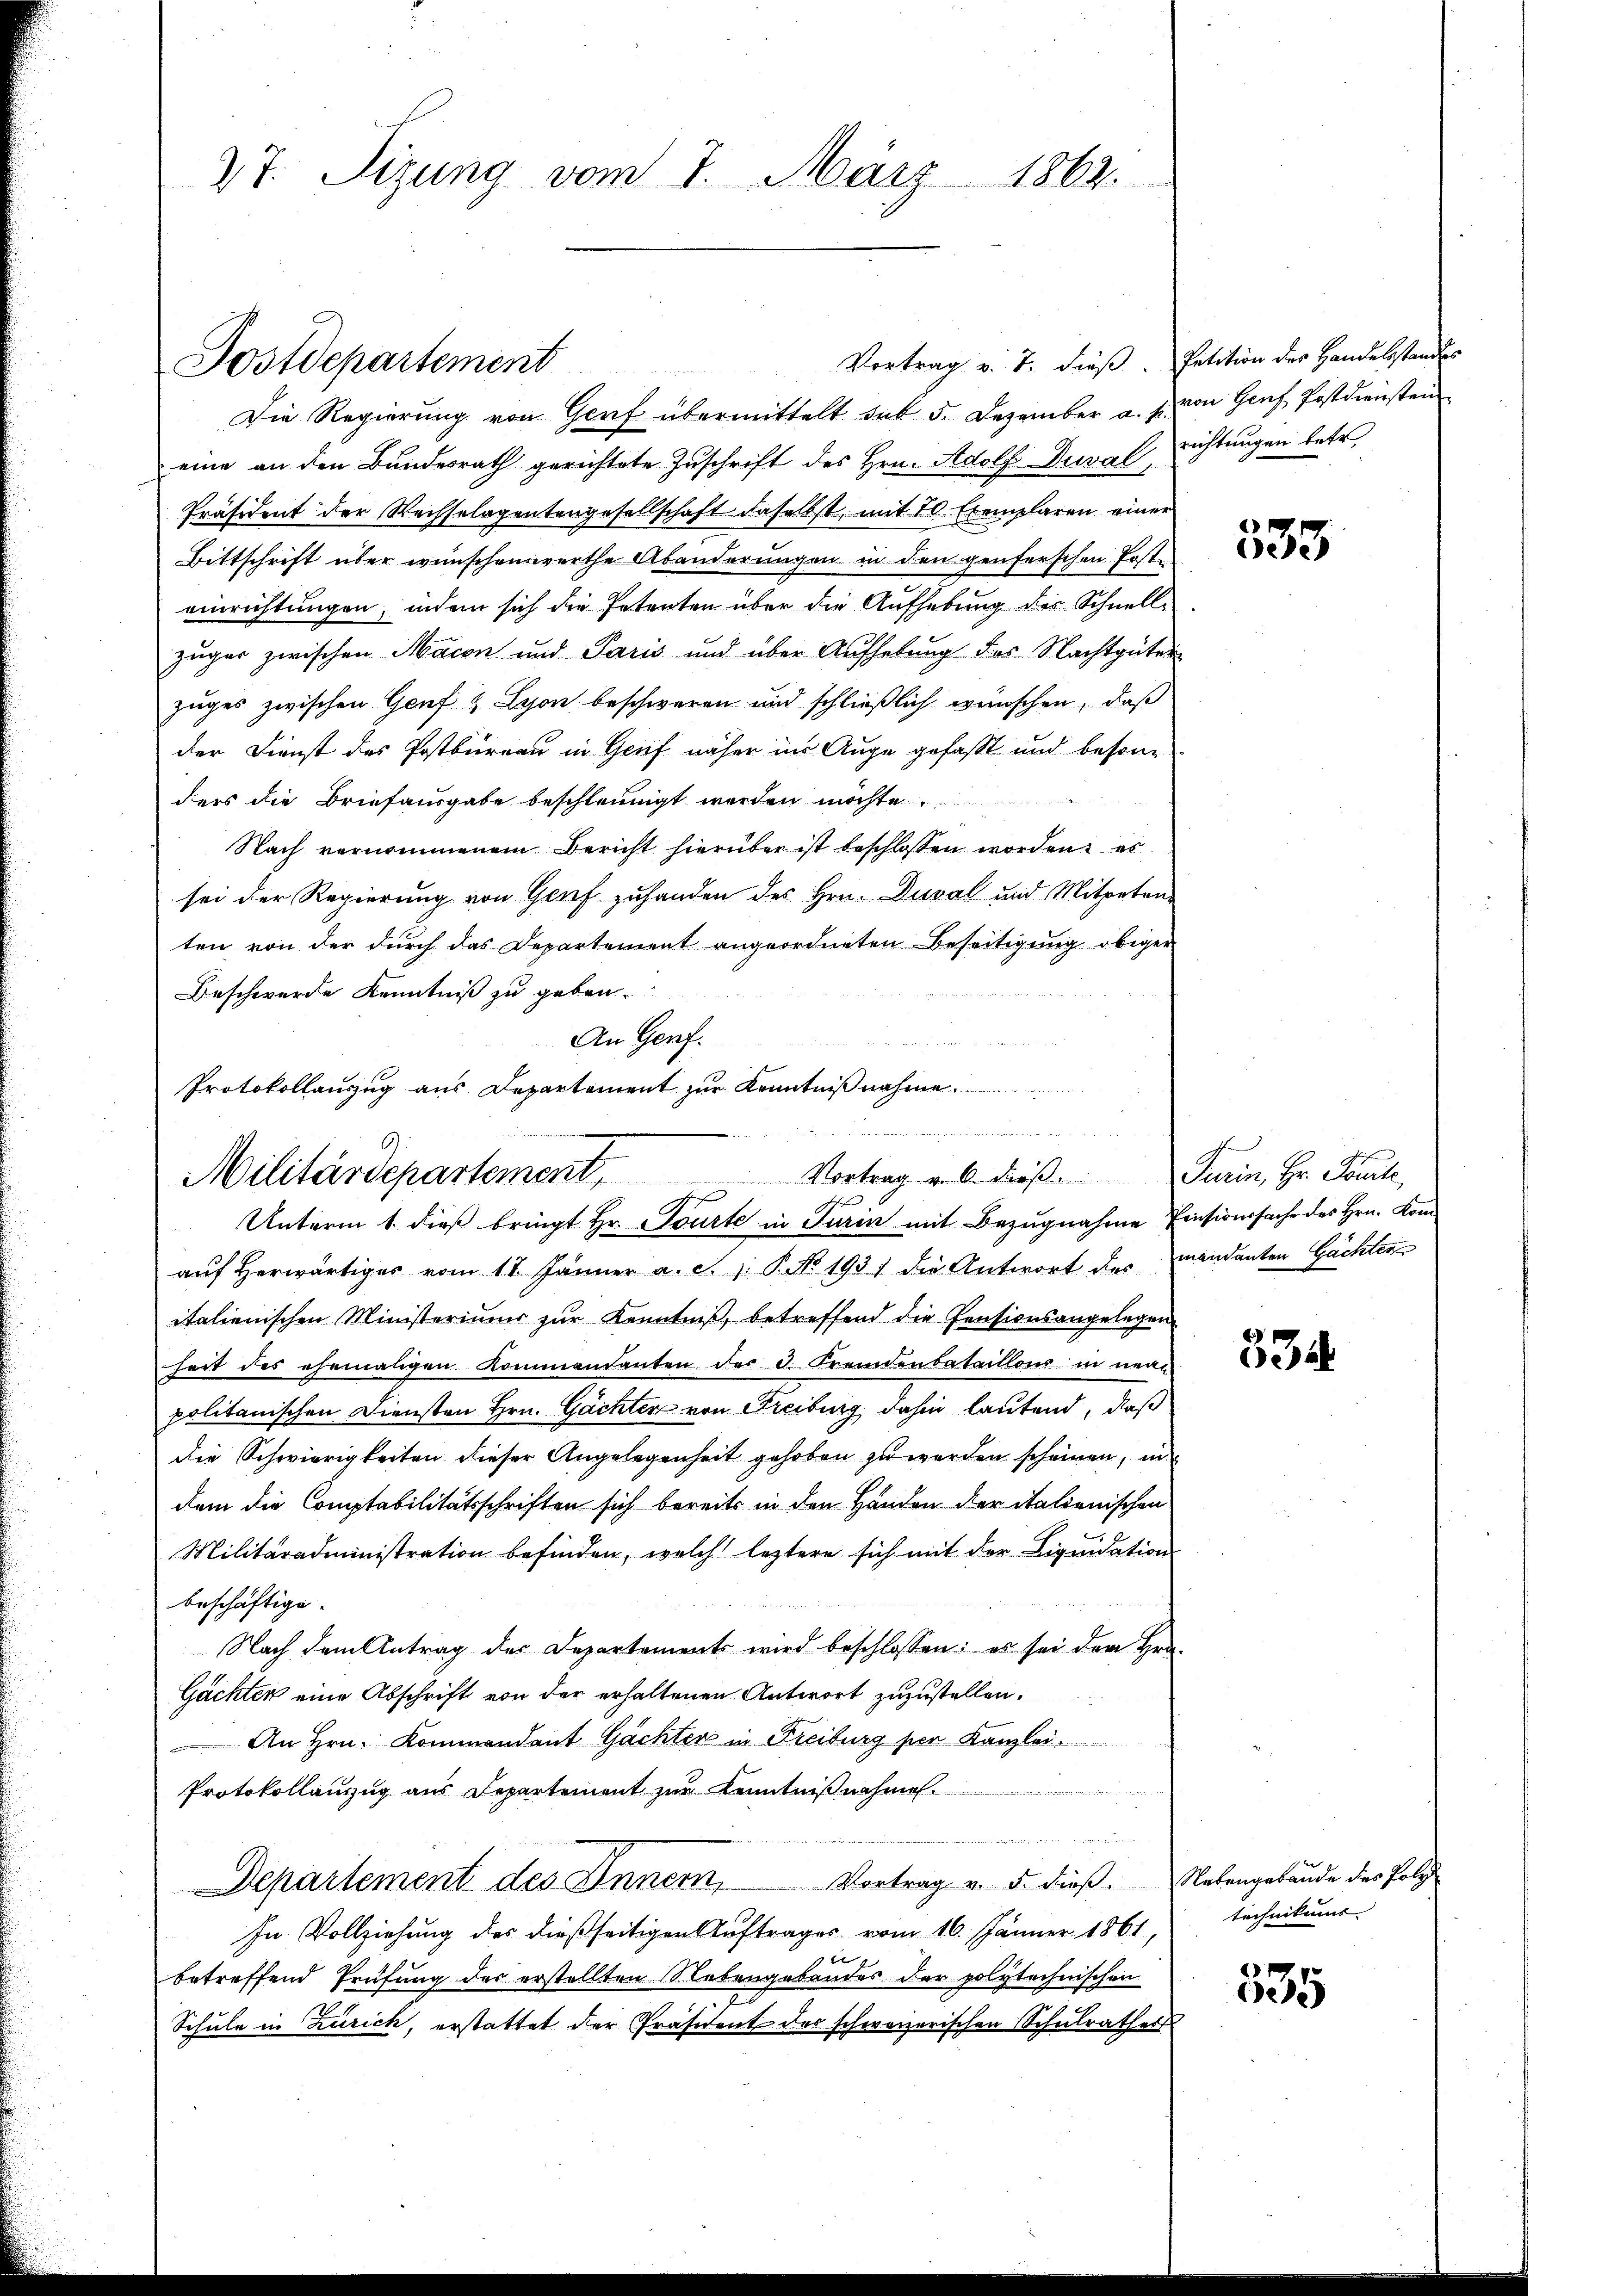
37. Sizung vom 7. März 1864.

Vortrag v. 7. dieß. Petition der Handelsstandes
Die Regierung von Gerf übermittelt sub 5. Dezember a. p. von Genf Postdiensten
eine an den Bundesrath gerichtete Zuschrift des Hrn. Adolf Dumal richtungen betr.
Präsident der Wechselagentengesellschaft daselbst, mit 70 Exemplaren einer
Bittschrift über wünschenswerthe Abänderungen in den genferschen Poste
einrichtungen, indem sich die Petenten über die Aufhebung des Schnell-
zuger zwischen Macon und Paris und über Aufhebung des Nachtgüter
zuges zwischen Genf & Lyon beschweren und schließlich wünschen, daß
der Dienst des Postbureau in Genf näher ins Auge gefaßt und besonders die Briefausgabe beschleunigt werden möchte
Nach vernommenem Bericht hierüber ist beschlossen worden es
sei der Regierung von Genf zuhanden des Hrn. Duval und Mitpeten-
ten von der durch das Departement angeordneten Beseitigung obiger
Beschwerde Kenntniß zu geben.
An Genf.
Protokollauszug aus Departement zur Kenntnißnahme

Postdepartement

aŭf herwärtiger vom 11. Jänner a. c. 1 P. No. 1931 die Antwort des mandanten Gächter
italienischen Ministeriums zur Kenntniß, betreffend die Pensionsangelegen
heit des ehemaligen Kommandanten der d. Fremdenbataillons in neue
politanischen Diensten Hrn. Gächten von Freiburg dahin lautend, daß
die Schwierigkeiten dieser Angelegenheit gehoben zu werden scheinen, in
dem die Comptabilitätsschriften sich bereits in den Händen der italienischen
Militäradministration befinden, welch leztere sich mit der Liquidation
beschäftige.
Nach dem Antrag des Departements wird beschlossen: es sei der Hrn.
Gächter eine Abschrift von der erhaltenen Antwort zuzustellen.
An Hrn. Kommandant Gächter in Freiburg per Kanzlei.
Protokollanzug aus Departement zur Kenntnißnahmen.
Departement des Innern, Vortrag v. 5. dieβ. Nebengebäude des Poly
In Vollziehung des dießseitigen Auftrages vom 16. Jänner 1861,

betreffend Prüfung der erstellten Nebengebandes der polytechnischen
Schule in Zürich, erstattet der Präsident des schweizerischen Schulrathes

e
Vortrag v. 6. dieß. Turin, Hr. Toute,
Militärdepartement,
schief
Unterm 1. dieß bringt Hr. Tourte in Turin mit Bezugnahme Einsionssache des Hrn. Kon¬

A
ede

334

technikums

335